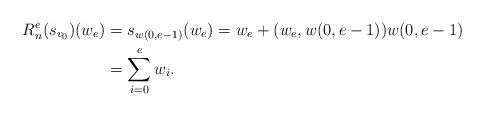
LaTeX: \begin{align*}R^e_n(s_{v_0})(w_{e})& =s_{w(0,e-1)}(w_e)=w_e+(w_e, w(0,e-1))w(0,e-1)\\&=\sum_{i=0}^ew_{i}.\end{align*}